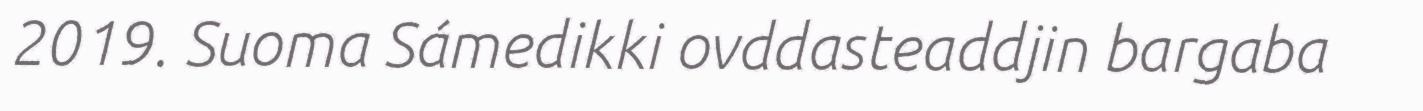
2019. Suoma Sámedikki ovddasteaddjin bargaba